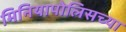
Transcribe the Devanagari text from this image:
मिनियापोलिसच्या